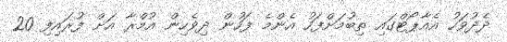
ދެދުވަހު އެއާޕޯޓްގައި ތިބުމަށްފަހު އެންމެ ފަހުން ދިވެހިން އުމްރާ އަށް ފުރައިފި 20